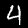
Label: 4